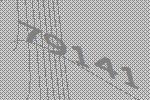
79141